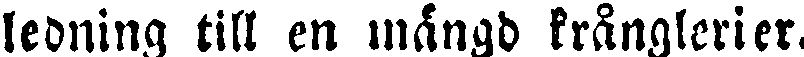
ledning till en mängd krånglerier.